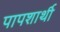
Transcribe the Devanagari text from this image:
पापशार्थी